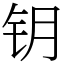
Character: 钥